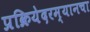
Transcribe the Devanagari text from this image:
प्रक्रियेदरम्यानचा